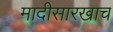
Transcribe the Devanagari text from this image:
मादीसारखाच